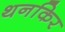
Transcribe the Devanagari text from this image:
थनकिर